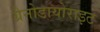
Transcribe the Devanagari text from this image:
ग्रैनोडायोराइट